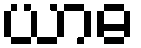
ယာဓ